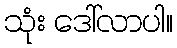
သုံး ဒေါ်လာပါ။